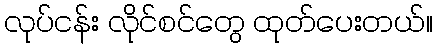
လုပ်ငန်း လိုင်စင်တွေ ထုတ်ပေးတယ်။